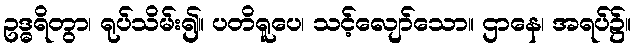
ဥဒ္ဓရိတွာ၊ ရုပ်သိမ်း၍။ ပတိရူပေ၊ သင့်လျော်သော။ ဌာနေ၊ အရပ်၌။